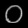
Digit: ၀